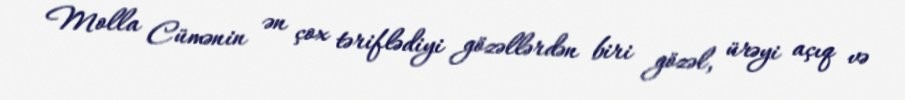
Molla Cümənin ən çox təriflədiyi gözəllərdən biri gözəl, ürəyi açıq və